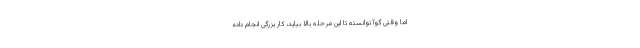
اما وقتی گوآ توانسته تا این مرحله بالا بیاید، کار بزرگی انجام داده